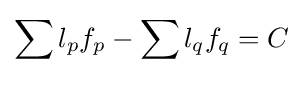
\sum _{}l_{p}f_{p}-\sum _{}l_{q}f_{q}=C